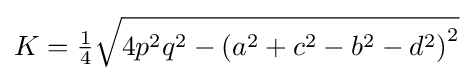
K={\tfrac {1}{4}}{\sqrt {4p^{2}q^{2}-\left(a^{2}+c^{2}-b^{2}-d^{2}\right)^{2}}}